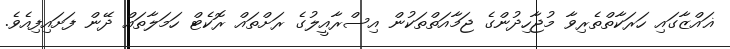
ޣައްޒާގައި ހަރަކާތްތެރިވާ މުޖާހިދުންގެ ޖަމާއަތްތަކުން އިސްރާއީލުގެ ރަށްތައް ރޮކެޓް ހަމަލާތައް ދޭން ފަށައިފިއެވެ.